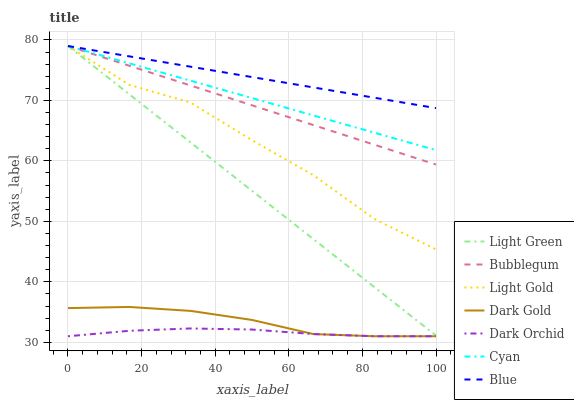
| xaxis_label | Light Green | Bubblegum | Light Gold | Dark Gold | Dark Orchid | Cyan | Blue |
 | --- | --- | --- | --- | --- | --- | --- | --- |
 | 0 | 79 | 79 | 79 | 35.7 | 31 | 79 | 79 |
 | 16.7 | 71 | 75.7 | 72.6 | 35.8 | 31.9 | 76.1 | 77.3 |
 | 33.3 | 63 | 72.5 | 69.6 | 35.2 | 32.3 | 73.3 | 75.6 |
 | 50 | 55.1 | 69.2 | 63.4 | 33.7 | 32.1 | 70.4 | 73.9 |
 | 66.7 | 47.1 | 65.9 | 57.6 | 31.4 | 31.4 | 67.5 | 72.2 |
 | 83.3 | 39.1 | 62.7 | 50.4 | 31 | 31 | 64.7 | 70.4 |
 | 100 | 31.1 | 59.4 | 45.4 | 31 | 31 | 61.8 | 68.7 |